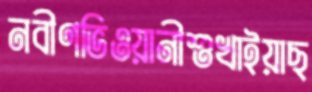
নবীণভিওয়ানীশুখাইয়াছ